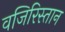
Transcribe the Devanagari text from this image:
वजिरिस्तान